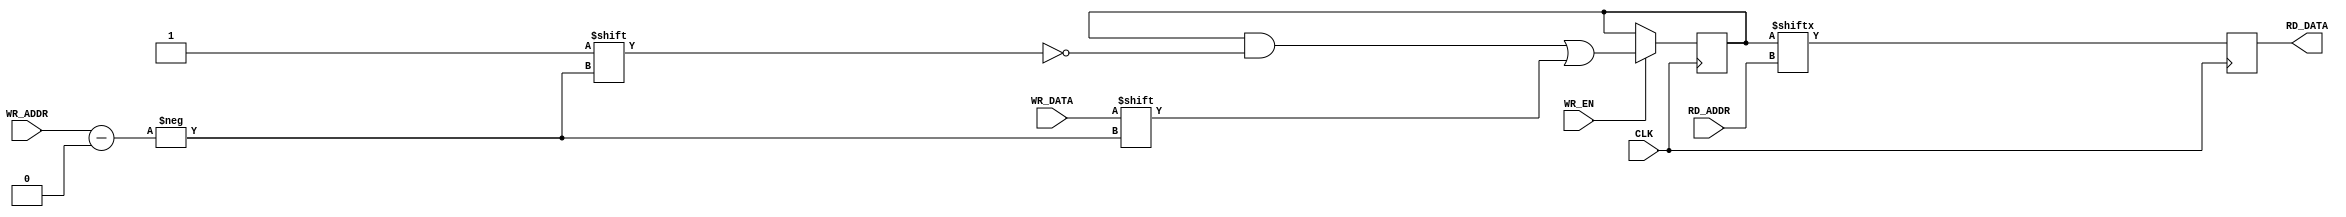
module MEM4X1 (CLK, RD_ADDR, RD_DATA, WR_ADDR, WR_DATA, WR_EN);
	input CLK, WR_DATA, WR_EN;
	input [3:0] RD_ADDR, WR_ADDR;
	output reg RD_DATA;

	reg [15:0] memory;

	always @(posedge CLK) begin
		if (WR_EN)
			memory[WR_ADDR] <= WR_DATA;
		RD_DATA <= memory[RD_ADDR];
	end
endmodule